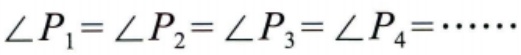
\(\angle P_{1}=\angle P_{2}=\angle P_{3}=\angle P_{4}=\cdots\cdots\)